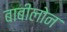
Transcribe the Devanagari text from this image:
बाबीलोन